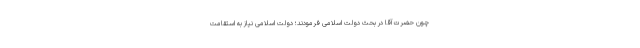
چون حضرت آقا در بحث دولت اسلامی فرمودند؛ دولت اسلامی نیاز به استقامت